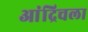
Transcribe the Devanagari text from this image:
आंद्रिचला